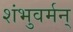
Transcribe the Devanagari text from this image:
शंभुवर्मन्